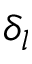
\delta _ { l }